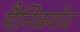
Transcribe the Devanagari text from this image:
मैनिक्‍योर